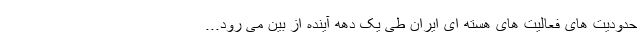
حدودیت های فعالیت های هسته ای ایران طی یک دهه آینده از بین می رود...